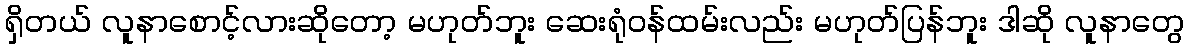
ရှိတယ် လူနာစောင့်လားဆိုတော့ မဟုတ်ဘူး ဆေးရုံဝန်ထမ်းလည်း မဟုတ်ပြန်ဘူး ဒါဆို လူနာတွေ